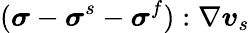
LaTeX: (\boldsymbol{\sigma}-\boldsymbol{\sigma}^{s}-\boldsymbol{\sigma}^{f}):\nabla\boldsymbol{v}_{s}